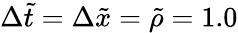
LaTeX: \Delta\tilde{t}=\Delta\tilde{x}=\tilde{\rho}=1.0